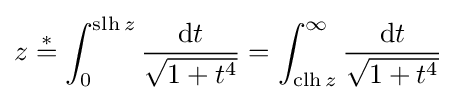
z\mathrel {\overset {*}{=}} \int _{0}^{\operatorname {slh} z}{\frac {\mathrm {d} t}{\sqrt {1+t^{4}}}}=\int _{\operatorname {clh} z}^{\infty }{\frac {\mathrm {d} t}{\sqrt {1+t^{4}}}}